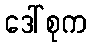
ဒေါ်စုက